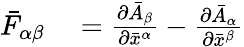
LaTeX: \begin{array}{rl}{{\bar{F}}_{\alpha\beta}}&{{}={\frac{\partial{\bar{A}}_{\beta}}{\partial{\bar{x}}^{\alpha}}}-{\frac{\partial{\bar{A}}_{\alpha}}{\partial{\bar{x}}^{\beta}}}}\end{array}